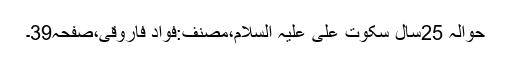
حوالہ 25سال سکوتِ علی علیہ السلام،مصنف:فواد فاروقی،صفحہ39۔